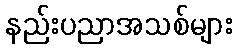
နည်းပညာအသစ်များ